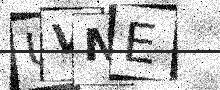
Text: UVNE